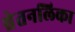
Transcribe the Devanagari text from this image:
श्वेतनलिका